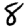
Digit: 8